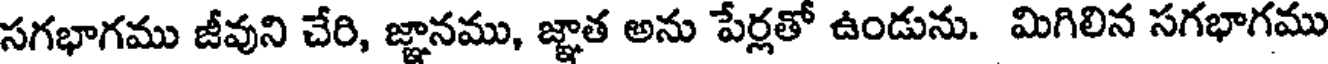
సగభాగము జీవుని చేరి, జ్ఞానము, జ్ఞాత అను పేర్లతో ఉండును. మిగిలిన సగభాగము